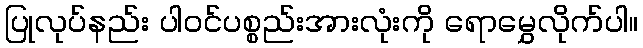
ပြုလုပ်နည်း ပါဝင်ပစ္စည်းအားလုံးကို ရောမွှေလိုက်ပါ။